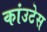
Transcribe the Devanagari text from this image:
कांउटेस